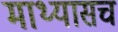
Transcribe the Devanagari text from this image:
माथ्यासच